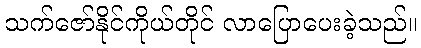
သက်ဇော်နိုင်ကိုယ်တိုင် လာပြောပေးခဲ့သည်။